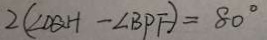
2 ( \angle D Q H - \angle B P F ) = 8 0 ^ { \circ }